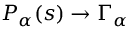
P _ { \alpha } ( s ) \to \Gamma _ { \alpha }